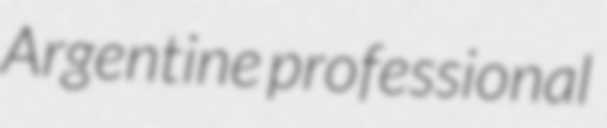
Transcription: Argentine professional